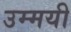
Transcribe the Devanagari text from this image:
उम्मयी